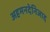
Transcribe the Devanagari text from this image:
अहमनदेनिजाद